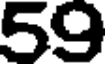
59